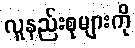
လူနည်းစုများကို